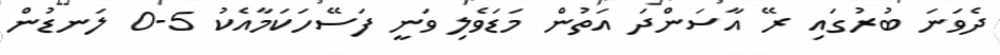
ދެވަނަ ބުރުގައި ރޭ އާސަންދަ އަތުން މަޑަވެލި ވަނީ ފަސޭހަކަމާއެކު 5-0 ލަނޑުން